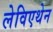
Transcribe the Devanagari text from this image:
लेविएथेन